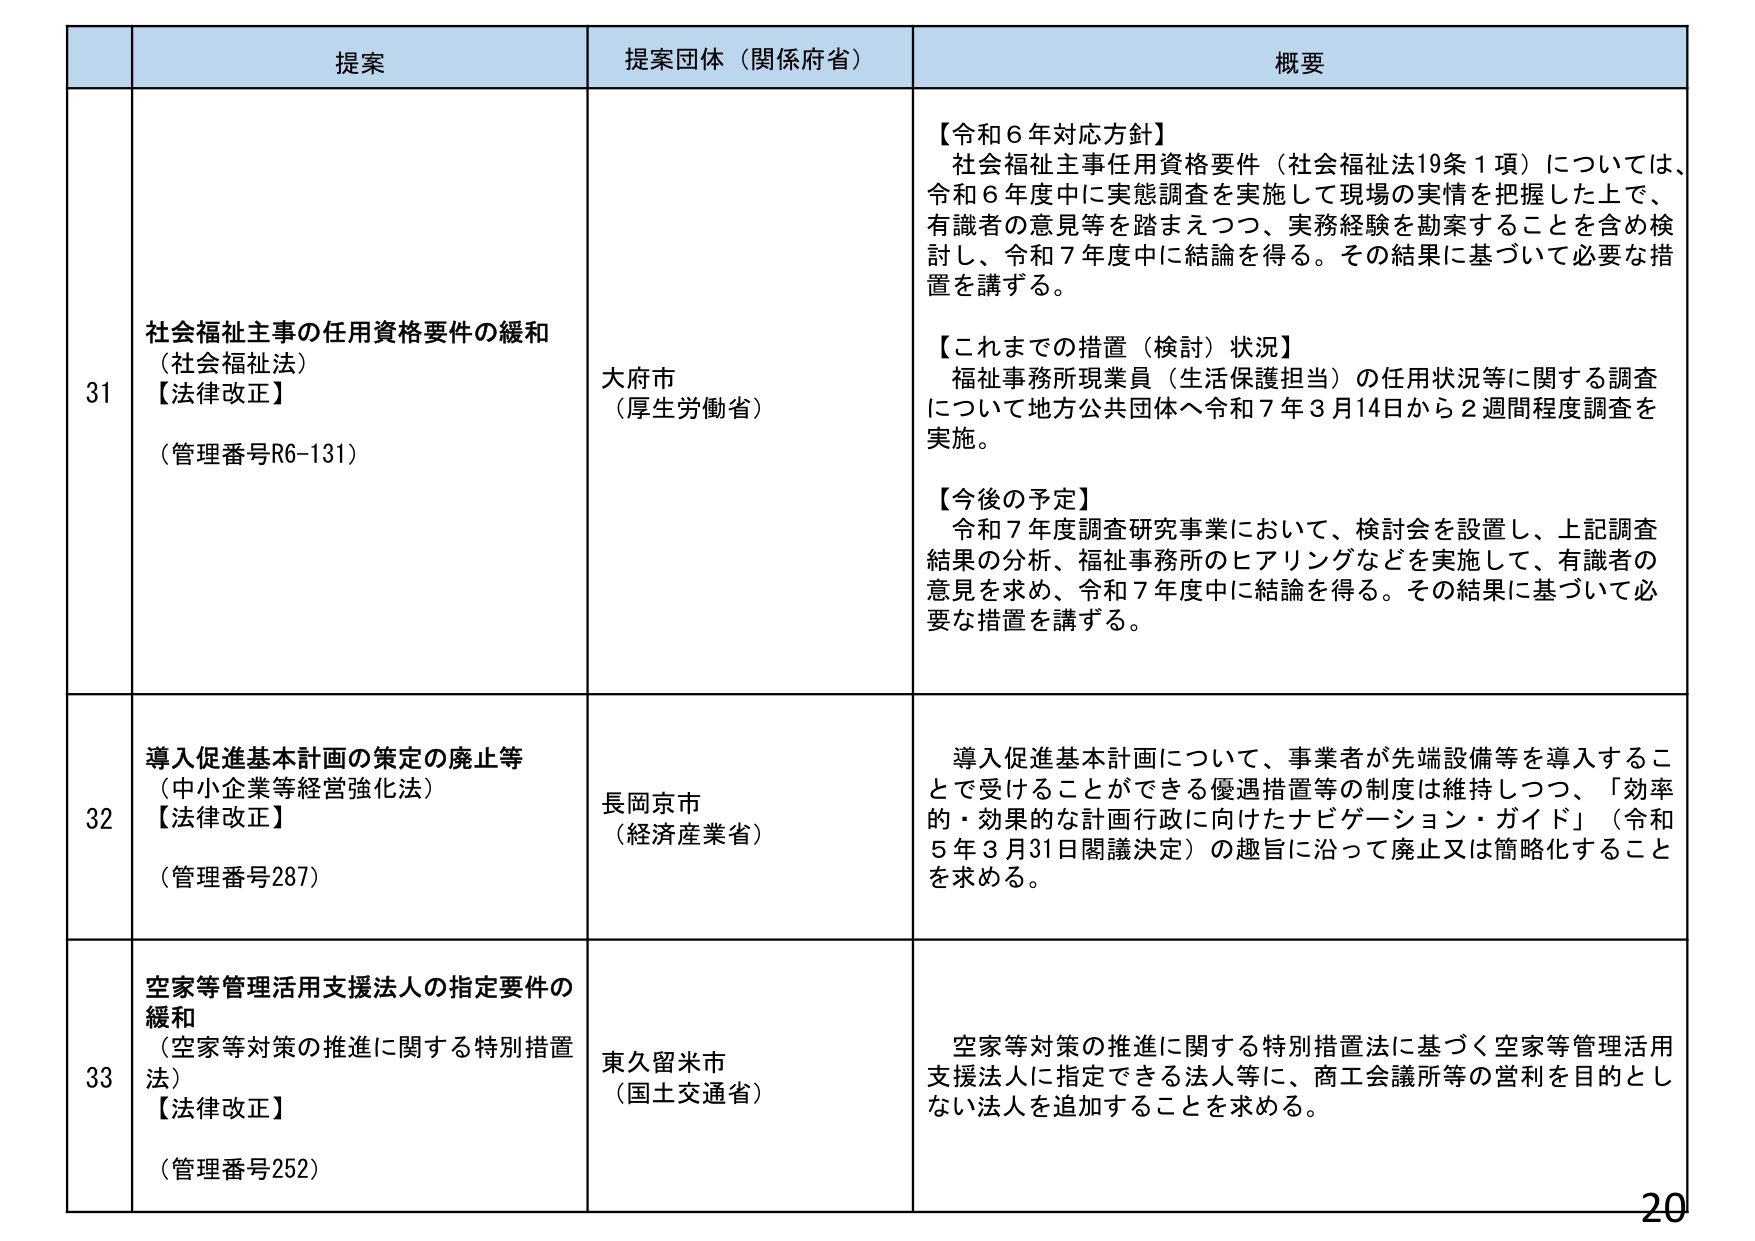
提案　提案団体（関係府省）　概要

31　社会福祉主事の任用資格要件の緩和（社会福祉法）【法律改正】（管理番号R6-131）　大府市（厚生労働省）　【令和6年対応方針】社会福祉主事任用資格要件（社会福祉法19条1項）については、令和6年度中に実態調査を実施して現場の実情を把握した上で、有識者の意見等を踏まえつつ、実務経験を勘案することを含め検討し、令和7年度中に結論を得る。その結果に基づいて必要な措置を講ずる。【これまでの措置（検討）状況】福祉事務所現業員（生活保護担当）の任用状況等に関する調査について地方公共団体へ令和7年3月14日から2週間程度調査を実施。【今後の予定】令和7年度調査研究事業において、検討会を設置し、上記調査結果の分析、福祉事務所のヒアリングなどを実施して、有識者の意見を求め、令和7年度中に結論を得る。その結果に基づいて必要な措置を講ずる。

32　導入促進基本計画の策定の廃止等（中小企業等経営強化法）【法律改正】（管理番号287）　長岡京市（経済産業省）　導入促進基本計画について、事業者が先端設備等を導入することで受けることができる優遇措置等の制度は維持しつつ、「効率的・効果的な計画行政に向けたナビゲーション・ガイド」（令和5年3月31日閣議決定）の趣旨に沿って廃止又は簡略化することを求める。

33　空家等管理活用支援法人の指定要件の緩和（空家等対策の推進に関する特別措置法）【法律改正】（管理番号252）　東久留米市（国土交通省）　空家等対策の推進に関する特別措置法に基づく空家等管理活用支援法人に指定できる法人等に、商工会議所等の営利を目的としない法人を追加することを求める。

20